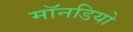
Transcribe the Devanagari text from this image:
मॉनडियो